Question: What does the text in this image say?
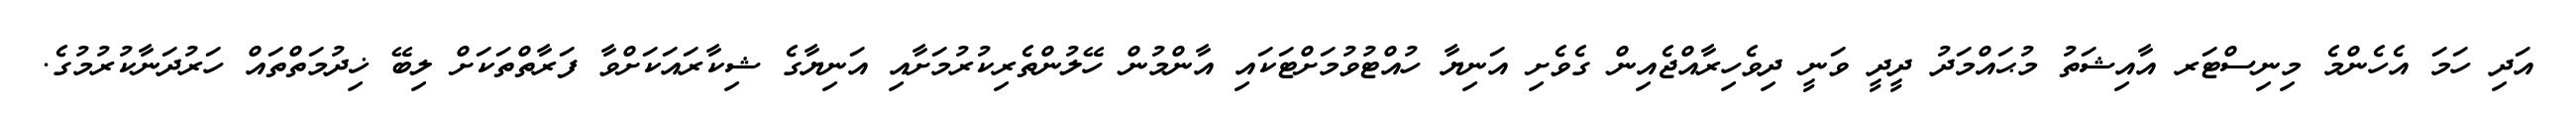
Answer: އަދި ހަމަ އެހެންމެ މިނިސްޓަރ އާއިޝަތު މުޙައްމަދު ދީދީ ވަނީ ދިވެހިރާއްޖެއިން ގެވެށި އަނިޔާ ހުއްޓުވުމަށްޓަކައި އާންމުން ހޭލުންތެރިކުރުމަށާއި އަނިޔާގެ ޝިކާރައަކަށްވާ ފަރާތްތަކަށް ލިބޭ ޚިދުމަތްތައް ހަރުދަނާކުރުމުގެ.